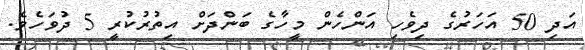
އަދި 50 އަހަރުގެ ދިވެހި އަންހެން މީހާގެ ބަންދަށް އިތުރުކުރީ 5 ދުވަހެވެ.